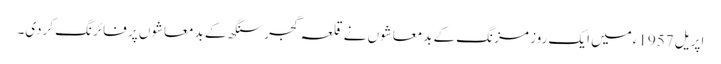
اپریل 1957ءمیں ایک روز مزنگ کے بدمعاشوں نے قلعہ گجر سنگھ کے بدمعاشوں پر فائرنگ کردی۔